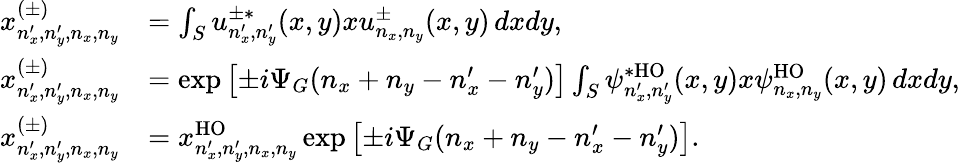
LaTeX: \begin{array}{rl}{x_{n_{x}^{\prime},n_{y}^{\prime},n_{x},n_{y}}^{(\pm)}}&{=\int_{S}u_{n_{x}^{\prime},n_{y}^{\prime}}^{\pm*}(x,y)xu_{n_{x},n_{y}}^{\pm}(x,y)\, dxdy,}\\ {x_{n_{x}^{\prime},n_{y}^{\prime},n_{x},n_{y}}^{(\pm)}}&{=\exp\left[\pm i\Psi_{G}(n_{x}+n_{y}-n_{x}^{\prime}-n_{y}^{\prime})\right]\int_{S}\psi_{n_{x}^{\prime},n_{y}^{\prime}}^{*\mathrm{HO}}(x,y)x\psi_{n_{x},n_{y}}^{\mathrm{HO}}(x,y)\, dxdy,}\\ {x_{n_{x}^{\prime},n_{y}^{\prime},n_{x},n_{y}}^{(\pm)}}&{=x_{n_{x}^{\prime},n_{y}^{\prime},n_{x},n_{y}}^{\mathrm{HO}}\exp\left[\pm i\Psi_{G}(n_{x}+n_{y}-n_{x}^{\prime}-n_{y}^{\prime})\right].}\end{array}